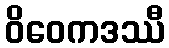
ဝိဝေကဒဿီ